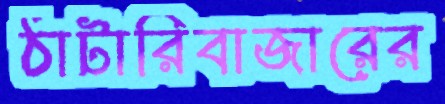
ঠাটারিবাজারের